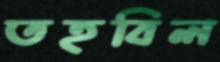
তহবিল